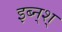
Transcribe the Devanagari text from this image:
इब्न्‌श्